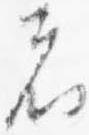
者